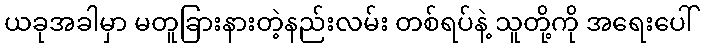
ယခုအခါမှာ မတူခြားနားတဲ့နည်းလမ်း တစ်ရပ်နဲ့ သူတို့ကို အရေးပေါ်